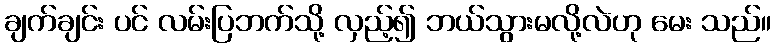
ချက်ချင်း ပင် လမ်းပြဘက်သို့ လှည့်၍ ဘယ်သွားမလို့လဲဟု မေး သည်။